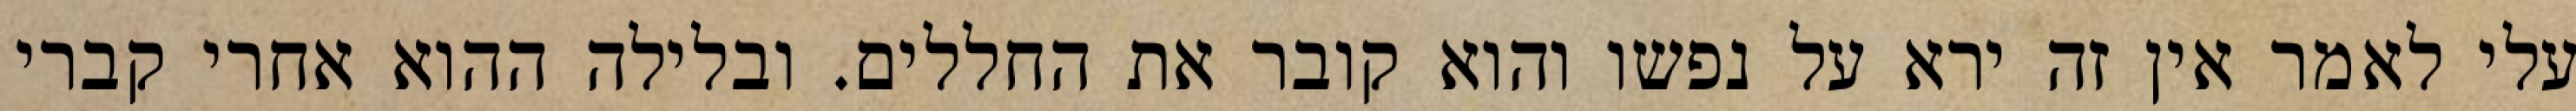
עלי לאמר אין זה ירא על נפשו והוא קובר את החללים. ובלילה ההוא אחרי קברי